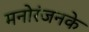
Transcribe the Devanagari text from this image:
मनोरंजनके